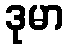
ဒုမာ